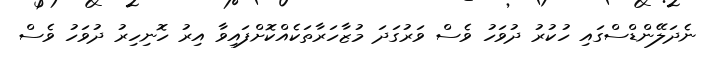
ނެދަލޭންޑްސްގައި ހުކުރު ދުވަހު ވެސް ވަރުގަދަ މުޒާހަރާތަކެއްކޮށްފައިވާ އިރު ހޮނިހިރު ދުވަހު ވެސް